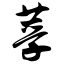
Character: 莩